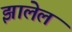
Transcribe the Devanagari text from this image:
झालेल